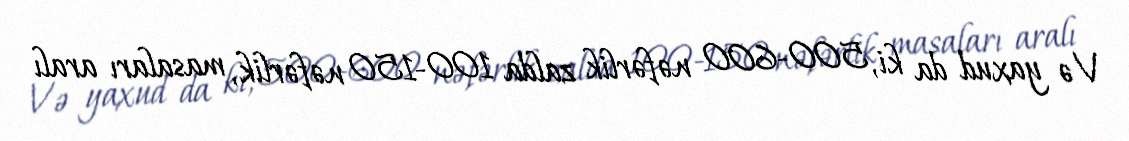
Və yaxud da ki, 500-600 nəfərlik zalda 100-150 nəfərlik, masaları aralı